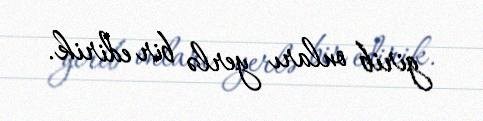
girib onları yerlə bir edirik.